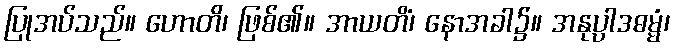
ပြုအပ်သည်။ ဟောတိ၊ ဖြစ်၏။ အာယတိံ၊ နောအခါ၌။ အနုပ္ပါဒဓမ္မံ၊